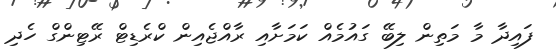
ފައިދާ މާ މަތިން ލިބޭ ގައުމެއް ކަމަށާއި ރާއްޖެއިން ކްރެޑިޓް ރޭޓިންގް ހެދި